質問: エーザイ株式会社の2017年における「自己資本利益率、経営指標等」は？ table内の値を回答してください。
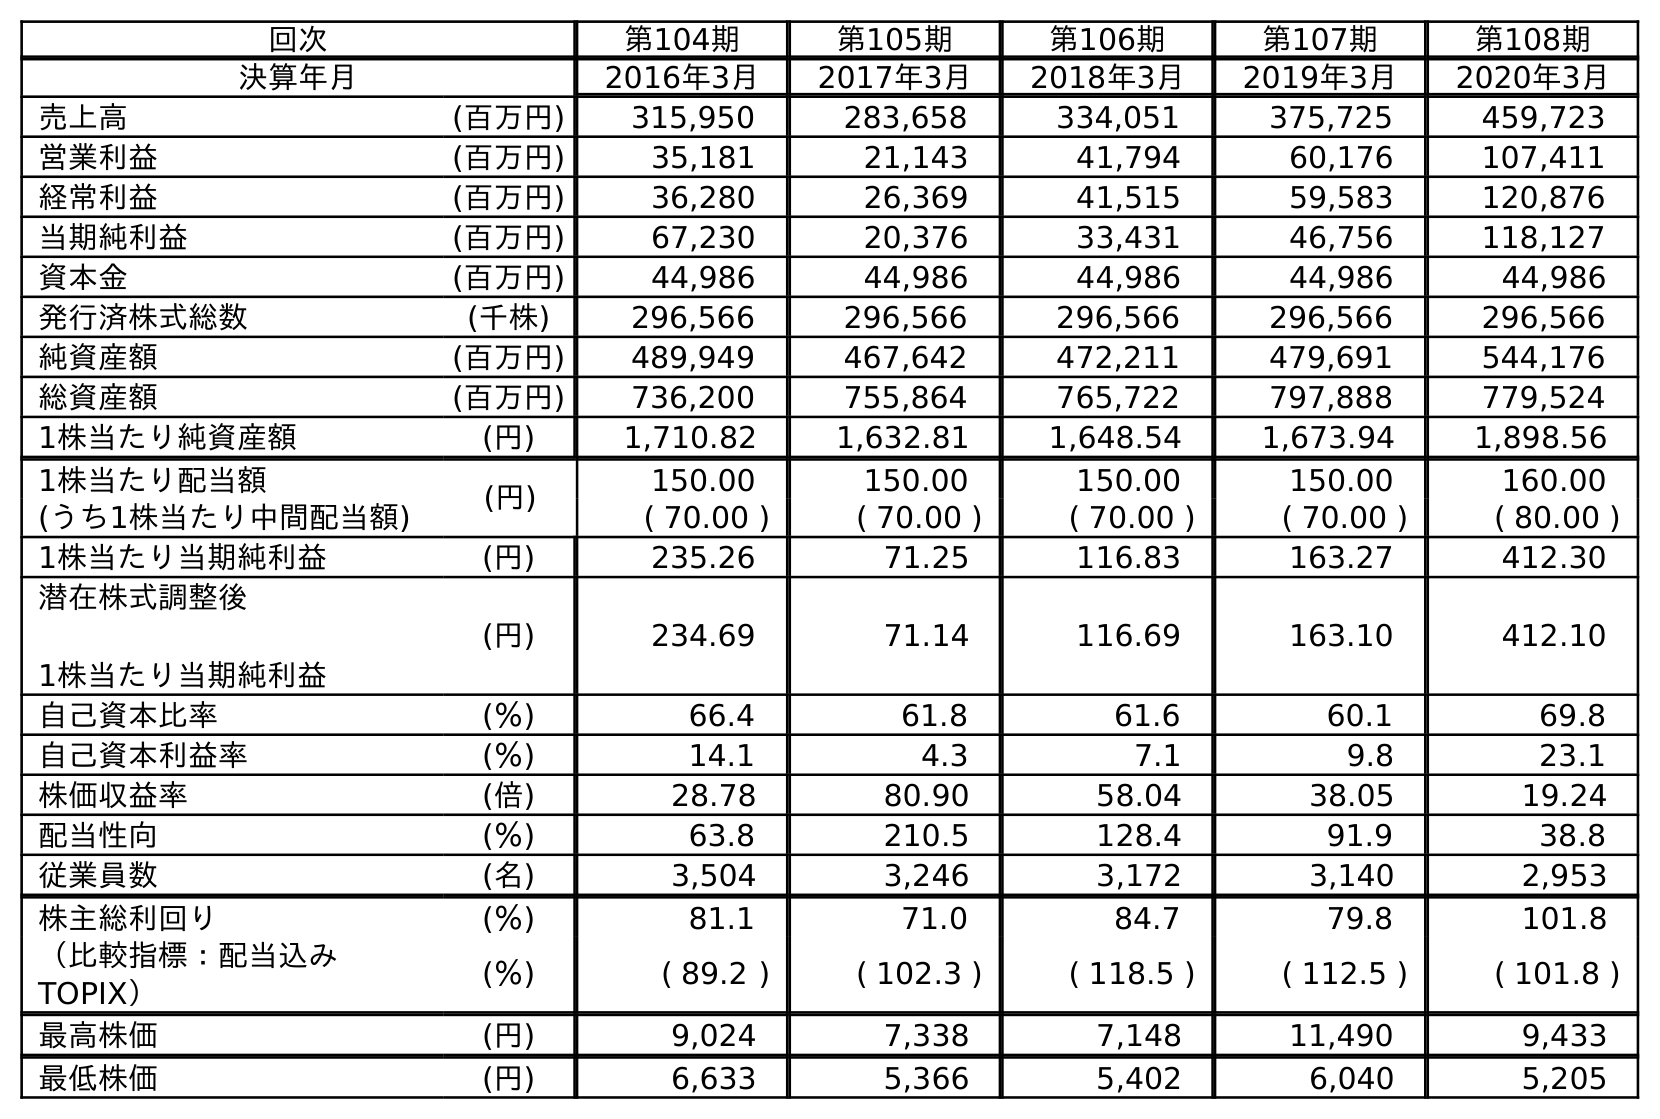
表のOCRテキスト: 回次 第104期 第105期 第106期 第107期 第108期 決算年月 2016年3月 2017年3月 2018年3月 2019年3月 2020年3月 売上高 (百万円) 315,950 283,658 334,051 375,725 459,723 営業利益 (百万円) 35,181 21,143 41,794 60,176 107,411 経常利益 (百万円) 36,280 26,369 41,515 59,583 120,876 当期純利益 (百万円) 67,230 20,376 33,431 46,756 118,127 資本金 (百万円) 44,986 44,986 44,986 44,986 44,986 発行済株式総数 (千株) 296,566 296,566 296,566 296,566 296,566 純資産額 (百万円) 489,949 467,642 472,211 479,691 544,176 総資産額 (百万円) 736,200 755,864 765,722 797,888 779,524 1株当たり純資産額 (円) 1,710.82 1,632.81 1,648.54 1,673.94 1,898.56 1株当たり配当額 (円) 150.00 150.00 150.00 150.00 160.00 (うち1株当たり中間配当額) ( 70.00 ) ( 70.00 ) ( 70.00 ) ( 70.00 ) ( 80.00 ) 1株当たり当期純利益 (円) 235.26 71.25 116.83 163.27 412.30 潜在株式調整後 1株当たり当期純利益 (円) 234.69 71.14 116.69 163.10 412.10 自己資本比率 (％) 66.4 61.8 61.6 60.1 69.8 自己資本利益率 (％) 14.1 4.3 7.1 9.8 23.1 株価収益率 (倍) 28.78 80.90 58.04 38.05 19.24 配当性向 (％) 63.8 210.5 128.4 91.9 38.8 従業員数 (名) 3,504 3,246 3,172 3,140 2,953 株主総利回り (％) 81.1 71.0 84.7 79.8 101.8 （比較指標：配当込み TOPIX） (％) ( 89.2 ) ( 102.3 ) ( 118.5 ) ( 112.5 ) ( 101.8 ) 最高株価 (円) 9,024 7,338 7,148 11,490 9,433 最低株価 (円) 6,633 5,366 5,402 6,040 5,205
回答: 4.3